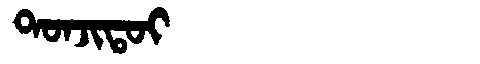
Manchu: ᡨᠣᠨᠵᡳᡨᠣᡳ
Romanization: TONJITOI